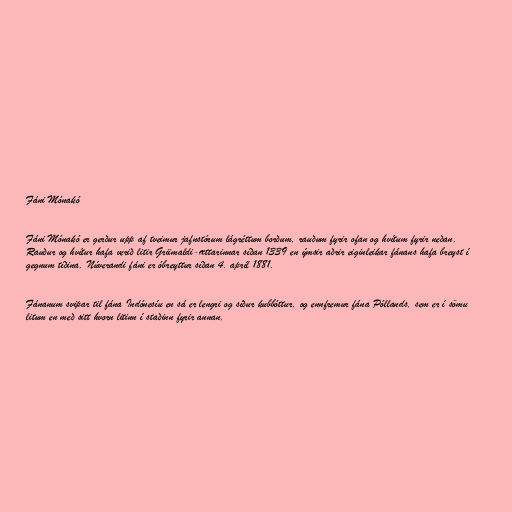
Fáni Mónakó

Fáni Mónakó er gerður upp af tveimur jafnstórum lágréttum borðum, rauðum fyrir ofan og hvítum fyrir neðan.
Rauður og hvítur hafa verið litir Griimaldi-ættarinnar síðan 1339 en ýmsir aðrir eiginleikar fánans hafa breyst í
gegnum tíðina. Núverandi fáni er óbreyttur síðan 4. apríl 1881.

Fánanum svipar til fána Indónesíu en sá er lengri og síður kubbóttur, og ennfremur fána Póllands, sem er í sömu
litum en með sitt hvorn litinn í staðinn fyrir annan.